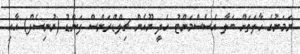
ޔަމަނުގެ ހާލަތަށް ބަލާ އެސެސްމަންޓު ހެދީ ޔޫއެން ޗިލްޑްރަންސް ފަންޑު (ޔުނިސެފް) އާއި